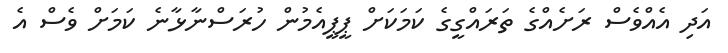
އަދި އެއްވެސް ރަށެއްގެ ތަރައްގީގެ ކަމަކަށް ޕީޕީއެމުން ހުރަސްނާޅާނެ ކަމަށް ވެސް އެ